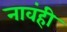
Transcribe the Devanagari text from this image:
नावंही